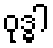
ဝုဒ္ဓါ